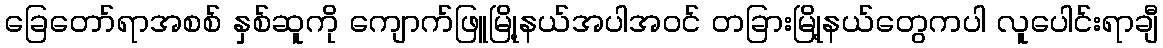
ခြေတော်ရာအစစ် နှစ်ဆူကို ကျောက်ဖြူမြို့နယ်အပါအဝင် တခြားမြို့နယ်တွေကပါ လူပေါင်းရာချီ